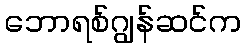
ဘောရစ်ဂျွန်ဆင်က